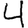
Digit: 4